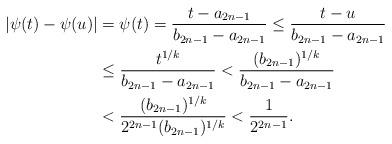
LaTeX: \begin{align*}|\psi (t)-\psi (u)| &=\psi (t)=\dfrac{t-a_{2n-1}}{b_{2n-1} -a_{2n-1}}\leq \dfrac{t-u}{b_{2n-1} -a_{2n-1}}\\ & \leq \dfrac{t^{1/k}}{b_{2n-1} -a_{2n-1}} < \dfrac{(b_{2n-1})^{1/k}}{b_{2n-1} -a_{2n-1}}\\ & <\dfrac{(b_{2n-1})^{1/k}}{2^{2n-1}(b_{2n-1})^{1/k}} <\dfrac{1}{2^{2n-1}}.\end{align*}